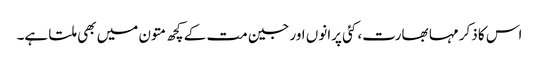
اس کا ذکر مہا بھارت، کئی پرانوں اور جین مت کے کچھ متون میں بھی ملتا ہے۔